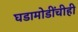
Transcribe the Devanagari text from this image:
घडामोडींचीही